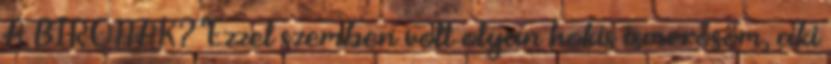
A BIRONAK? "Ezzel szemben volt olyan hokis ismerősöm, aki